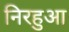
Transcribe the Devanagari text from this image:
निरहुआ